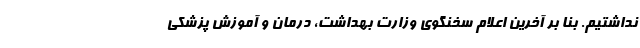
نداشتیم. بنا بر آخرین اعلام سخنگوی وزارت بهداشت، درمان و آموزش پزشکی